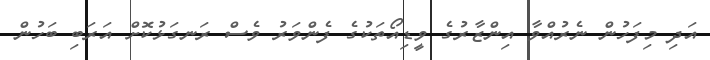
އަދި މިފަހުން ނެރުއްވާ އިންޒާރުގެ ވީޑިއޯތަކުގެ ފެންވަރު ވެސް ރަނގަޅުކޮށް އަރަބި ބަހުން